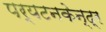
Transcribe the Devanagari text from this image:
पर्यटनकेन्द्र